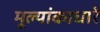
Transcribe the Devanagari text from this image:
मूल्यांकाधारे